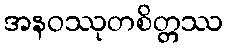
အနဝဿုတစိတ္တဿ